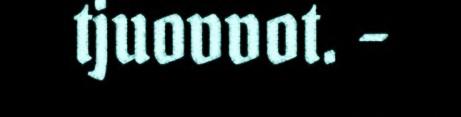
tjuovvot. -